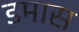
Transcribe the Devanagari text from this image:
डमास